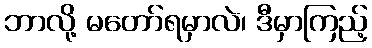
ဘာလို့ မတော်ရမှာလဲ၊ ဒီမှာကြည့်